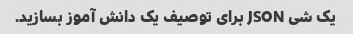
یک شی JSON برای توصیف یک دانش آموز بسازید.